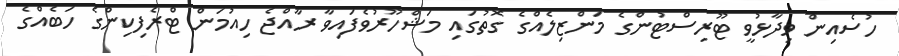
ހުސެއިން ވިދާޅުވީ ޓޫރިސްޓުންގެ މަންޒިލެއްގެ ގޮތުގައި މަޝްހޫރުވެފައިވާ ރާއްޖެ ހިއުމަން ޓްރެފިކިންގެ ހަބެއްގެ